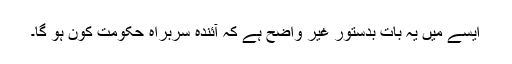
ایسے میں یہ بات بدستور غیر واضح ہے کہ آئندہ سربراہِ حکومت کون ہو گا۔